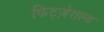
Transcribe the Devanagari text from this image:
फिट्ज़ेराल्ड